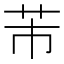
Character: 芾